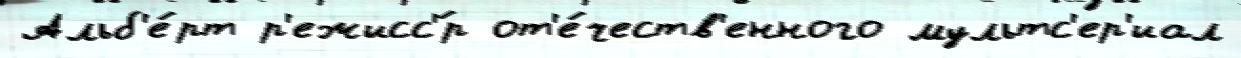
Альб'е́рт р'ежисс'́р от'е́честв'енного мультс'ер'иал